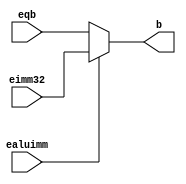
`timescale 1ns / 1ps
//////////////////////////////////////////////////////////////////////////////////
// Company: 
// Engineer: 
// 
// Design Name: 
// Module Name: ALU Mux
// Project Name: 
// Target Devices: 
// Tool Versions: 
// Description: 
// 
// Dependencies: 
// 
// Revision:
// Revision 0.01 - File Created
// Additional Comments:
// 
//////////////////////////////////////////////////////////////////////////////////


module ALU_Mux(
    input [31:0] eqb,
    input [31:0] eimm32,
    input ealuimm,
    
    output reg [31:0] b
    );
    
    always @(*)
    begin
        b <= ealuimm? eimm32 : eqb;                                                                                                           
    end
endmodule